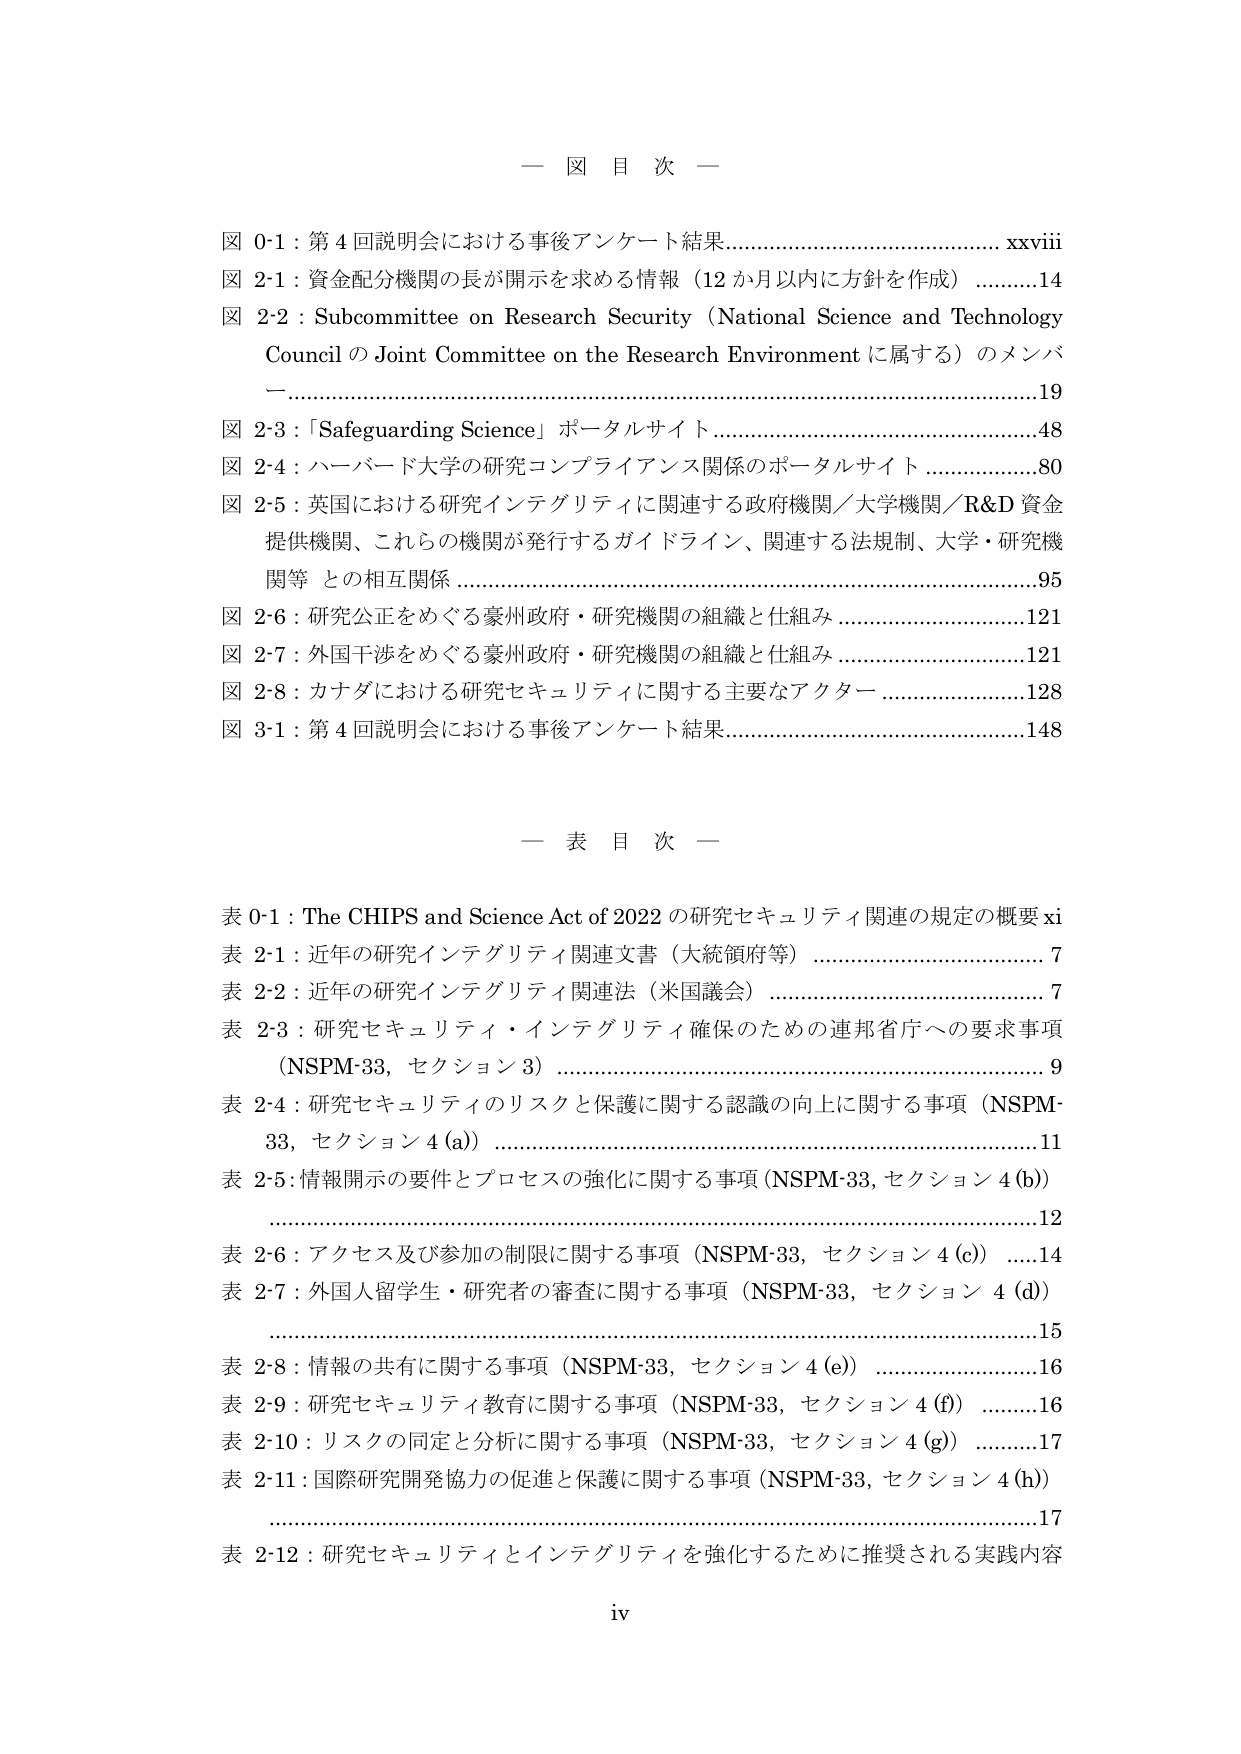
一 図 目 次 一

図 0-1：第 4 回説明会における事後アンケート結果……………………………………… xxviii
図 2-1：資金配分機関の長が開示を求める情報（12 か月以内に方針を作成） …………14
図 2-2：Subcommittee on Research Security（National Science and Technology Council の Joint Committee on the Research Environment に属する）のメンバー ………………………………………………………………………………………………19
図 2-3：「Safeguarding Science」ポータルサイト ………………………………………48
図 2-4：ハーバード大学の研究コンプライアンス関係のポータルサイト ……………80
図 2-5：英国における研究インテグリティに関連する政府機関／大学機関／R&D 資金提供機関、これら の機関が発行するガイドライン、関連する法規制、大学・研究機関等 との相互関係 …………………………………………………………………………95
図 2-6：研究公正をめぐる豪州政府・研究機関の組織と仕組み ………………………121
図 2-7：外国干渉をめぐる豪州政府・研究機関の組織と仕組み ………………………121
図 2-8：カナダにおける研究セキュリティに関する主要なアクター …………………128
図 3-1：第 4 回説明会における事後アンケート結果……………………………………148

一 表 目 次 一

表 0-1：The CHIPS and Science Act of 2022 の研究セキュリティ関連の規定の概要 xi
表 2-1：近年の研究インテグリティ関連文書（大統領府等） …………………………7
表 2-2：近年の研究インテグリティ関連法（米国議会） ……………………………7
表 2-3：研究セキュリティ・インテグリティ確保のための連邦省庁への要求事項（NSPM-33，セクション 3） ………………………………………………………………………9
表 2-4：研究セキュリティのリスクと保護に関する認識の向上に関する事項（NSPM-33，セクション 4 (a)） ………………………………………………………………………11
表 2-5：情報開示の要件とプロセスの強化に関する事項（NSPM-33，セクション 4 (b)） ………………………………………………………………………………………12
表 2-6：アクセス及び参加の制限に関する事項（NSPM-33，セクション 4 (c)） ……14
表 2-7：外国人留学生・研究者の審査に関する事項（NSPM-33，セクション 4 (d)） ………………………………………………………………………………………15
表 2-8：情報の共有に関する事項（NSPM-33，セクション 4 (e)） ……………………16
表 2-9：研究セキュリティ教育に関する事項（NSPM-33，セクション 4 (f)） ………16
表 2-10：リスクの同定と分析に関する事項（NSPM-33，セクション 4 (g)） ………17
表 2-11：国際研究開発協力の促進と保護に関する事項（NSPM-33，セクション 4 (h)） ………………………………………………………………………………………17
表 2-12：研究セキュリティとインテグリティを強化するために推奨される実践内容

iv